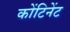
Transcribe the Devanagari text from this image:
कोंटिनेंट